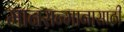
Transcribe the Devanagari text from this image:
मानसन्मानासाठी